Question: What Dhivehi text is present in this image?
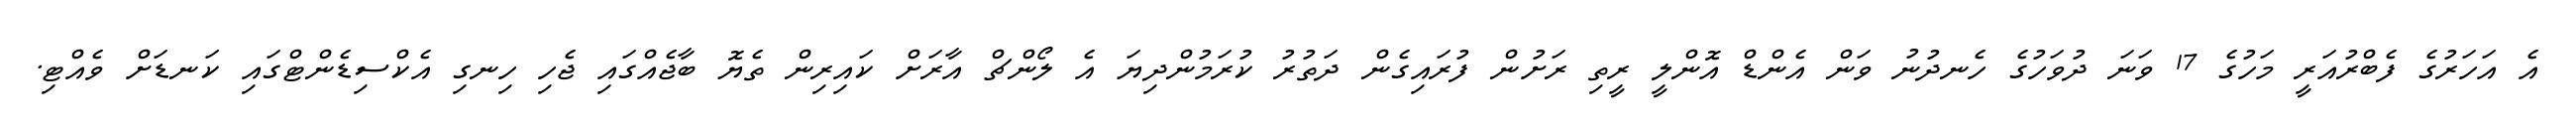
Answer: އެ އަހަރުގެ ފެބްރުއަރީ މަހުގެ 17 ވަނަ ދުވަހުގެ ހެނދުނު ވަން އެންޑް އޮންލީ ރީތި ރަށުން ފުރައިގެން ދަތުރު ކުރަމުންދިޔަ އެ ލޯންޗް އާރަށް ކައިރިން ތެޔޮ ބާޖެއްގައި ޖެހި ހިނގި އެކްސިޑެންޓްގައި ކަނޑަށް ވެއްޓި.